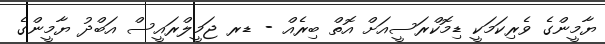
ޔާމީންގެ ވެރިކަމަކީ ޑިމޮކްރަސީއަށް އޮތް ބިރެއް - ޑރ ޖަމީލްރައީސް އަބްދު ޔާމީންގެ